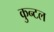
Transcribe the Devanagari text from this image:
कुन्टल